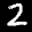
Label: 2